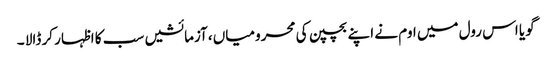
گویا اس رول میں اوم نے اپنے بچپن کی محرومیاں ،آزمائشیں سب کا اظہار کر ڈالا ۔